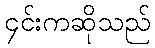
၄င်းကဆိုသည်